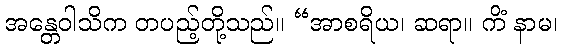
အန္တေဝါသိက တပည့်တို့သည်။ “အာစရိယ၊ ဆရာ။ ကိံ နာမ၊